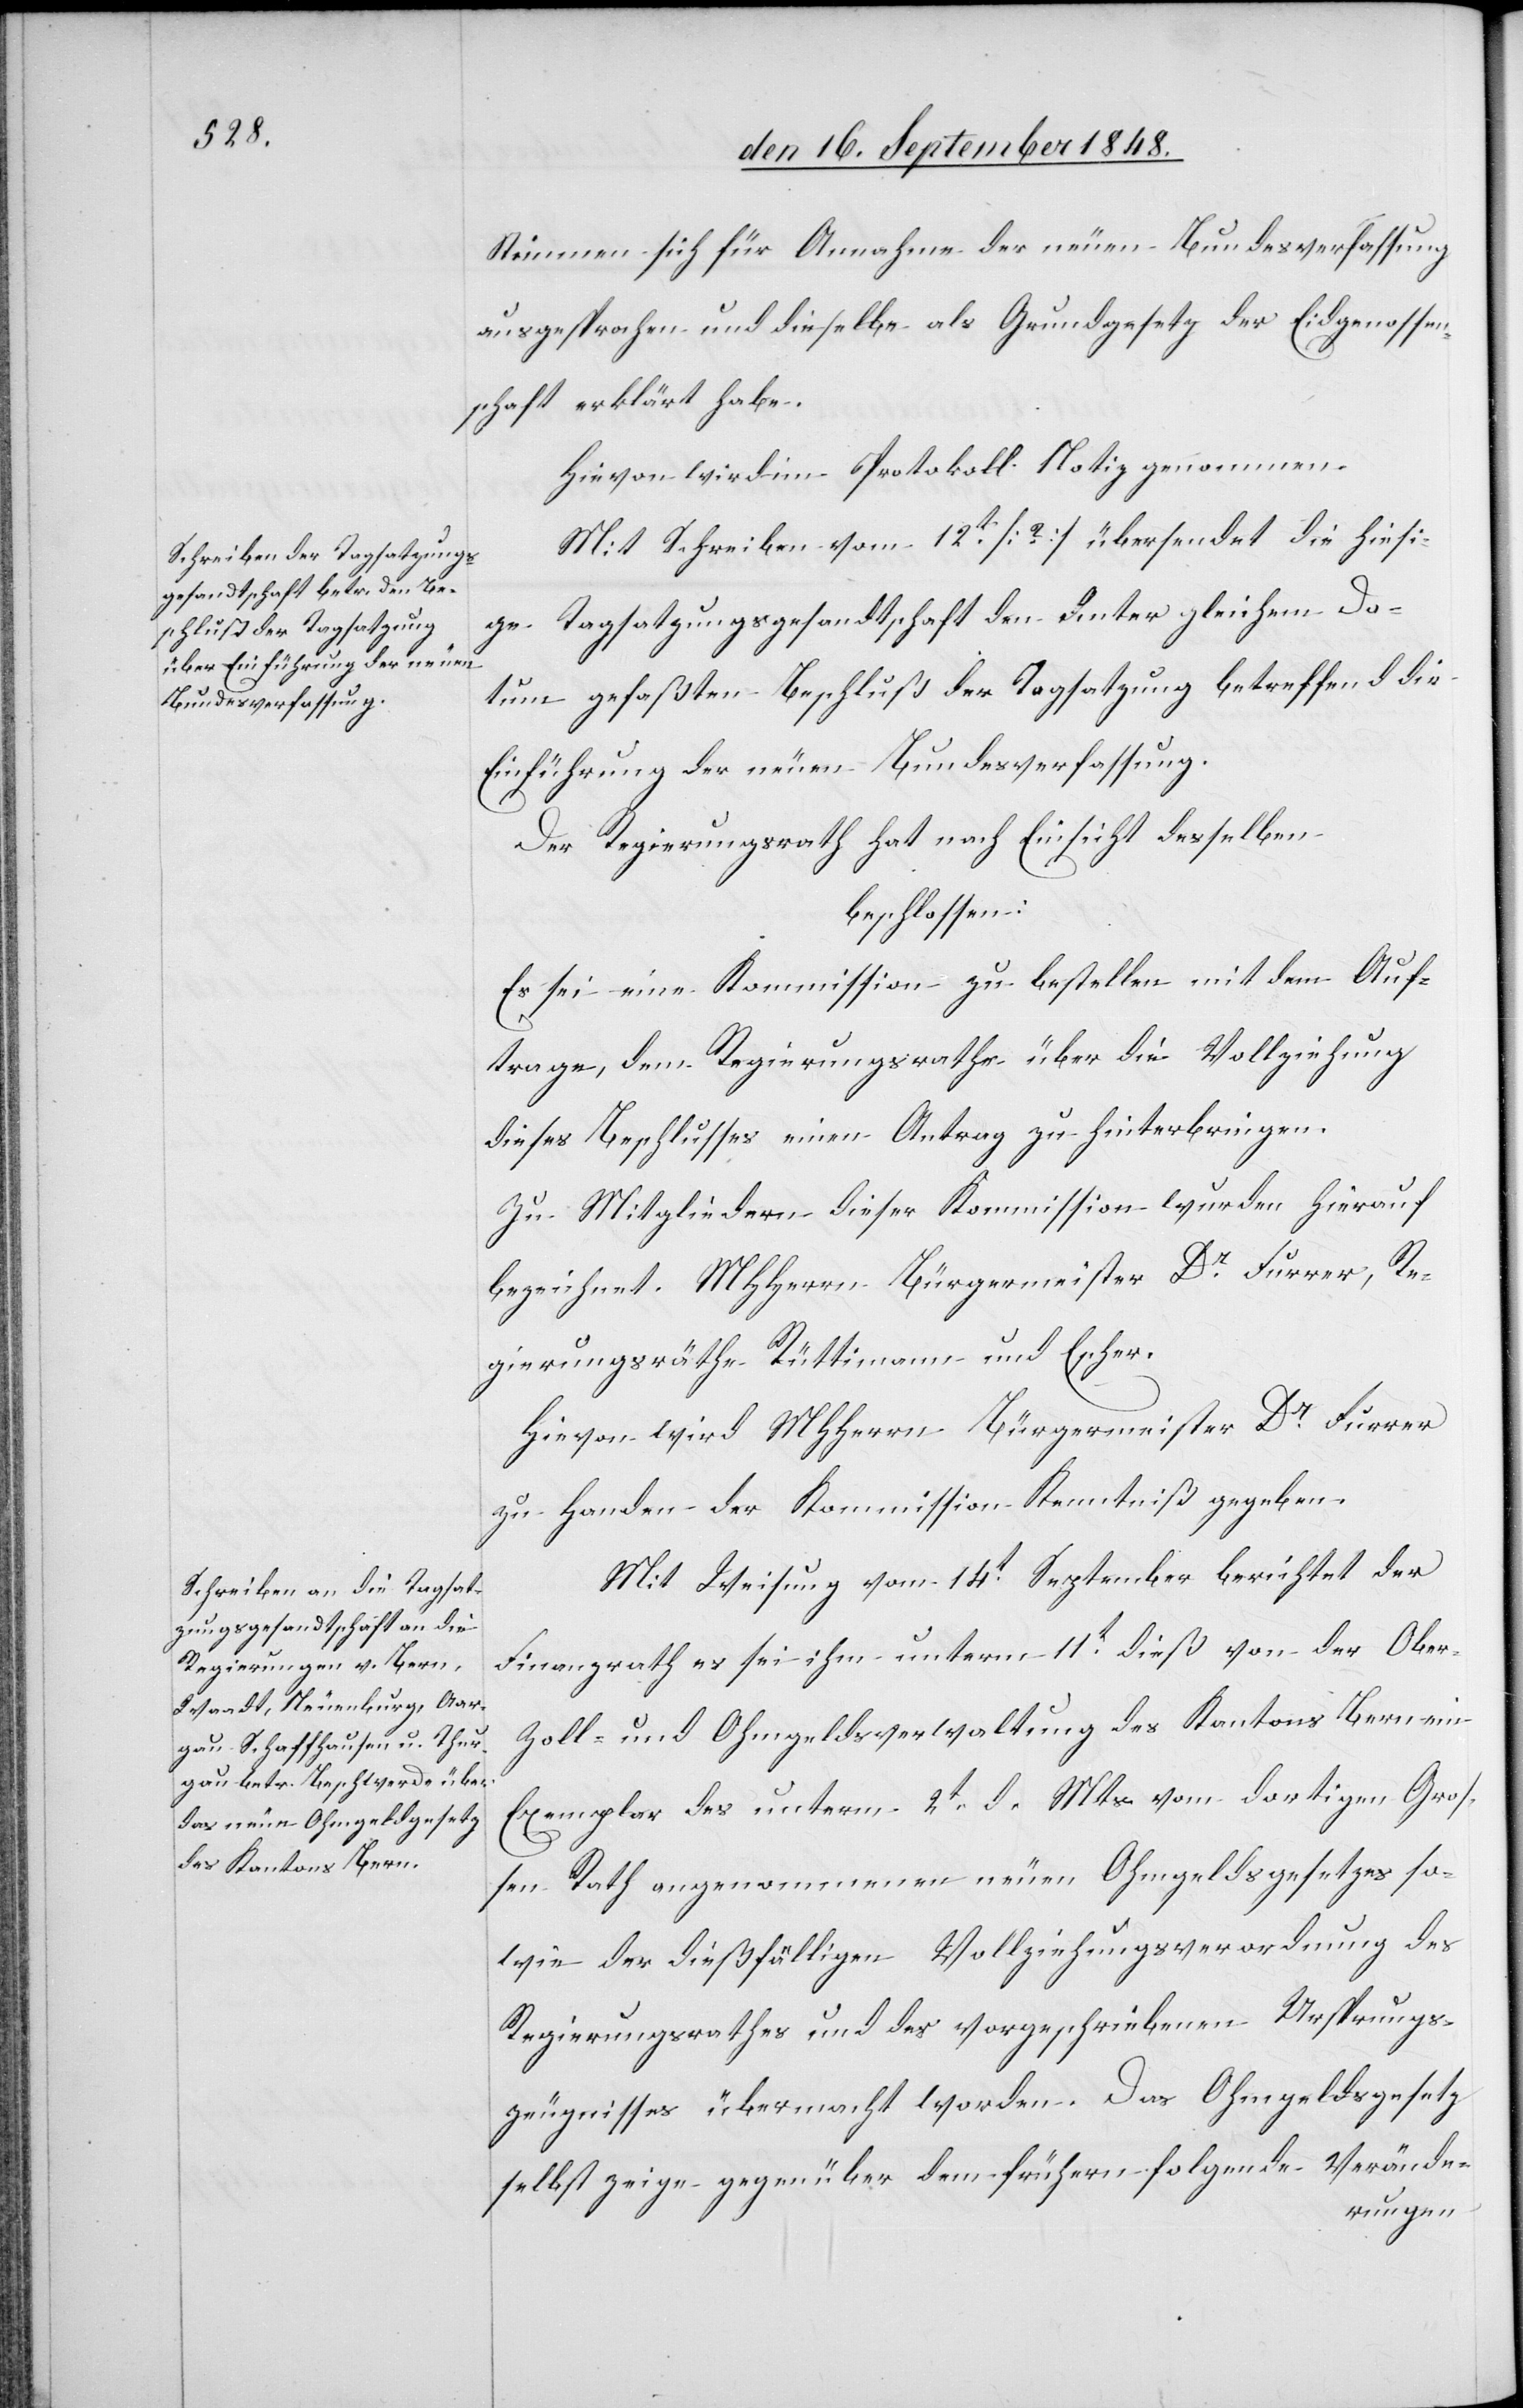
Stimmen sich für Annahme der neuen Bundesverfassung
ausgesprochen und dieselbe als Grundgesetz der Eidgenossen¬
schaft erklärt habe.
Hievon wird im Protokoll Notiz genommen.
Mit Schreiben vom 12t [?] übersendet die hiesi¬
ge Tagsatzungsgesandtschaft den unter gleichem Da¬
tum gefaßten Beschluß der Tagsatzung betreffend die
Einführung der neuen Bundesverfassung.
Der Regierungsrath hat nach Einsicht desselben
beschlossen:
Es sei eine Kommission zu bestellen mit dem Auf¬
trage, dem Regierungsrathe über die Vollziehung
dieses Beschlusses einen Antrag zu hinterbringen.
Zu Mitgliedern dieser Kommission wurden hierauf
bezeichnet. MHHerrn Bürgermeister Dr Furrer, Re¬
gierungsräthe Rüttimann und Escher.
Hievon wird MHHerrn Bürgermeister Dr Furrer
zu Handen der Kommission Kenntniß gegeben.
Mit Weisung vom 14t September berichtet der
Finanzrath es sei ihm unterm 11t dieß von der Ober-
Zoll- und Ohmgeldverwaltung des Kantons Bern ein
Exemplar des unterm 2.t d. Mts. vom dortigen Groß¬
en Rath angenommenen neuen Ohmgeldsgesetzes so¬
wie der dießfälligen Vollziehungsverordnung des
Regierungsrathes und des vorgeschriebenen Ursprungs¬
zeugnisses übermacht worden. Das Ohmgeldsgesetz
selbst zeige gegenüber dem frühern folgende Verände-